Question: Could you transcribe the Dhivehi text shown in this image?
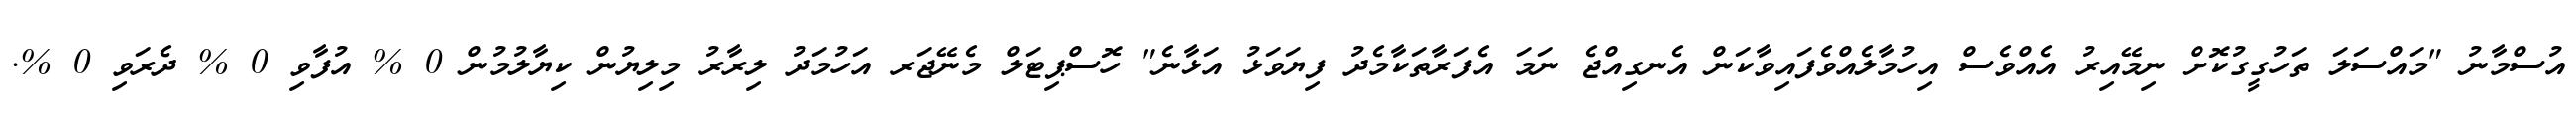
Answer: އުސްމާނު "މައްސަލަ ތަހުގީގުކޮށް ނިމޭއިރު އެއްވެސް އިހުމާލެއްވެފައިވާކަން އެނގިއްޖެ ނަމަ އެފަރާތަކާމެދު ފިޔަވަޅު އަޅާނެ" ހޮސްޕިޓަލް މެނޭޖަރ އަހުމަދު ލިރާރު މިލިޔުން ކިޔާލުމުން 0 % އުފާވި 0 % ދެރަވި 0 %.